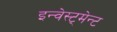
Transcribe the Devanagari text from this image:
इन्वेस्ट्मेन्ट